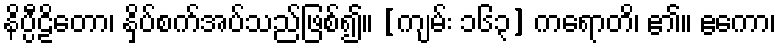
နိပ္ပီဠိတော၊ နှိပ်စက်အပ်သည်ဖြစ်၍။ [ကျမ်း ၁၆၃] ကရောတိ၊ ၏။ ဧကော၊